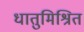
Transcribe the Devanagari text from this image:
धातुमिश्रित